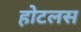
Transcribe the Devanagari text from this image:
होटलस